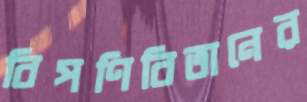
বিপণিবিতানের